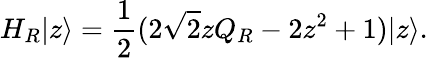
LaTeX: H_{R}|z\rangle=\frac{1}{2}(2\sqrt{2}zQ_{R}-2z^{2}+1)|z\rangle.